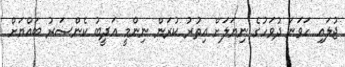
ޖުލައި ހަވަނަ ދުވަހުގެ ނިޔަލަށް އިތުރު ކުރަން ނިންމީ އަދީބު ކެންސަރު ބައްޔަށް